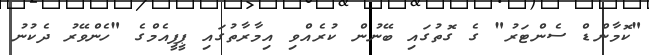
"ކޮމާންޑް ސެންޓަރު" ގެ ގޮތުގައި ބޭނުން ކުރެއްވި އިމާރާތުގައި ޕީޕީއެމްގެ "ހެންވޭރު ދެކުނު